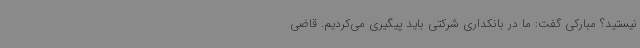
نیستید؟ مبارکی گفت: ما در بانکداری شرکتی باید پیگیری می‌کردیم. قاضی